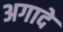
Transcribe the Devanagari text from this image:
अगादे